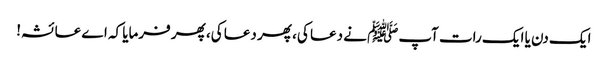
ایک دن یا ایک رات آپﷺ نے دعا کی، پھر دعا کی، پھر فرمایا کہ اے عائشہ!